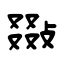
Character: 敠